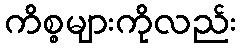
ကိစ္စများကိုလည်း